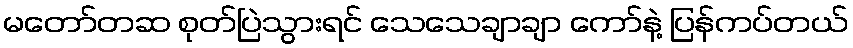
မတော်တဆ စုတ်ပြဲသွားရင် သေသေချာချာ ကော်နဲ့ ပြန်ကပ်တယ်